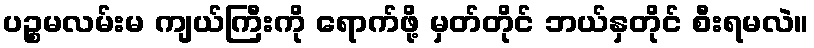
ပဉ္စမလမ်းမ ကျယ်ကြီးကို ရောက်ဖို့ မှတ်တိုင် ဘယ်နှတိုင် စီးရမလဲ။